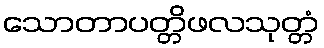
သောတာပတ္တိဖလသုတ္တံ